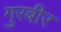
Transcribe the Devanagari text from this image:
गुरबीर